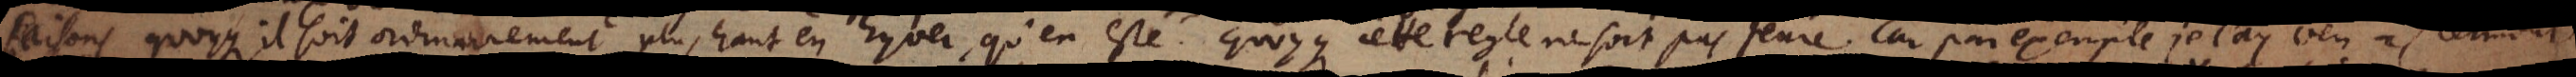
saisons quoyque il soit ordinairement plus haut en hyver, qu’en esté, quoyque cette regle ne soit pas seure. Car par exemple je l’ay veu à Clermont